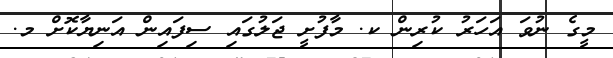
މީގެ ނުވަ އަހަރު ކުރިން ކ. މާފުށީ ޖަލުގައި ސިފައިން އަނިޔާކޮށް މ.